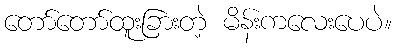
တော်တော်ထူးခြားတဲ့ မိန်းကလေးပေပဲ။